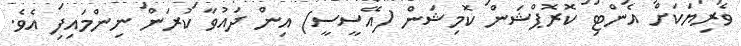
ވެރިޔަކަށް އެންޓި ކޮރޮޕްޝަން ކޮމިޝަން (އޭސީސީ) އިން ދައުވާ ކުރަން ނިންމައިފި އެވެ.